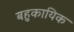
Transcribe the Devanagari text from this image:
बहुकायिक